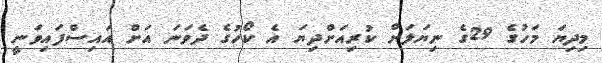
މިދިޔަ މަހުގެ 29ގެ ނިޔަލަށް ކުރިއަށްދިޔަ އެ ކޯހުގެ ދެވަނަ އަށް އައިސްފައިވަނީ